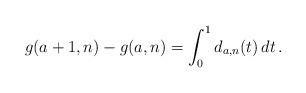
LaTeX: \begin{align*}g(a+1,n)-g(a,n)=\int_0^1 d_{a,n}(t)\,dt\,.\end{align*}